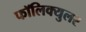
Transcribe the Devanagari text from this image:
फॉलिक्युलर